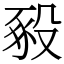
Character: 𧰵